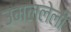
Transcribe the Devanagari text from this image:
उमललेली